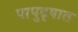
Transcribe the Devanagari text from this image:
पापुद्र्यात